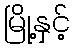
မြို့နှင့်